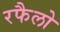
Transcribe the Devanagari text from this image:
रफैलो